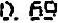
0.69